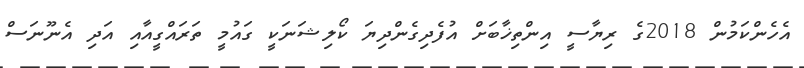
އެހެންކަމުން 2018ގެ ރިޔާސީ އިންތިޚާބަށް އުފެދިގެންދިޔަ ކޯލިޝަނަކީ ގައުމީ ތަރައްގީއާއި އަދި އެނޫނަސް